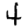
Digit: 4